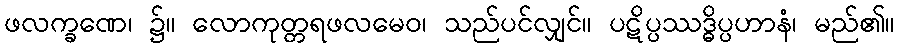
ဖလက္ခဏေ၊ ၌။ လောကုတ္တရဖလမေဝ၊ သည်ပင်လျှင်။ ပဋိပ္ပဿဒ္ဓိပ္ပဟာနံ၊ မည်၏။